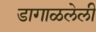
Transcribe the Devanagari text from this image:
डागाळलेली